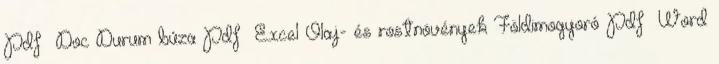
Pdf Doc Durum búza Pdf Excel Olaj- és rostnövények Földimogyoró Pdf Word